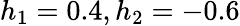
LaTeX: h_{1}=0.4,h_{2}=-0.6